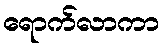
ရောက်လာကာ